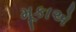
મૂકાએ